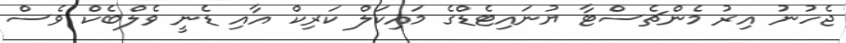
ޖެހުނު އިރު މެންޗެސްޓާ ޔުނައިޓެޑްގެ މައިކަލް ކަރިކް އާއި ޑެނީ ވެލްބެކް ވެސް